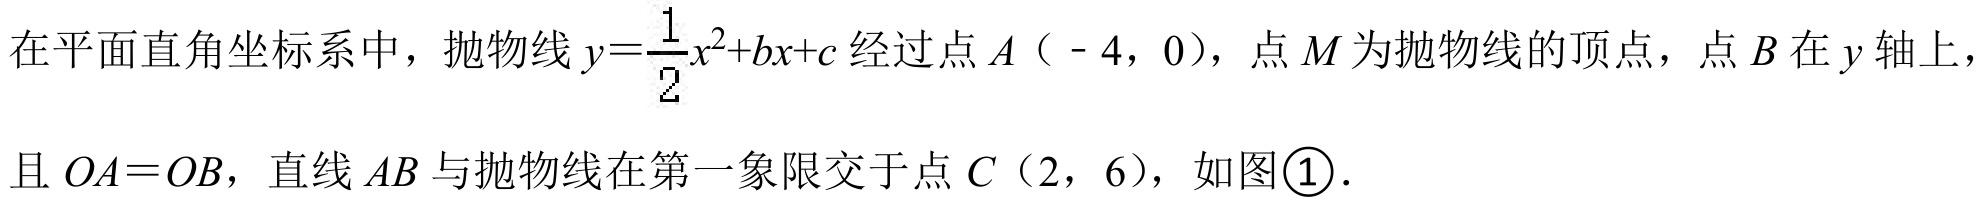
在平面直角坐标系中，抛物线\(y = \dfrac{1}{2}x^{2}+bx + c\)经过点\(A\)（\(-4\)，\(0\)），点\(M\)为抛物线的顶点，点\(B\)在\(y\)轴上，且\(OA = OB\)，直线\(AB\)与抛物线在第一象限交于点\(C\)（\(2\)，\(6\)），如图\textcircled{1}．